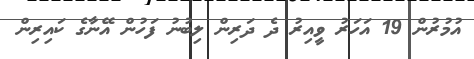
އުމުރުން 19 އަހަރު ވީއިރު ދެ ދަރިން ލިބުނު ފަހުން އޭނާގެ ކައިރިން